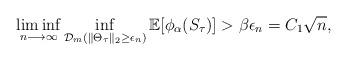
LaTeX: \begin{align*}\liminf_{n \longrightarrow \infty} \inf_{\mathcal{D}_m(\| \Theta_\tau\|_2 \geq \epsilon_n) }\mathbb{E}[\phi_\alpha (S_\tau)] > \beta \epsilon_n = C_1 \sqrt{n}, \end{align*}